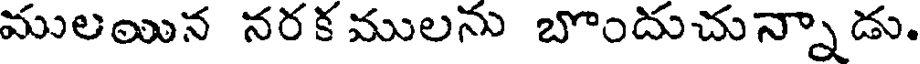
ములయిన నరక ములను బొందుచున్నాడు.